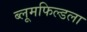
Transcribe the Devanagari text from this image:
ब्लूमफिल्डला